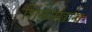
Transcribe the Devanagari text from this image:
शिकारखाना